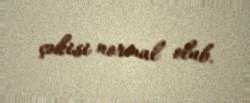
çəkisi normal olub.